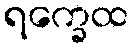
ရက္ခေထ